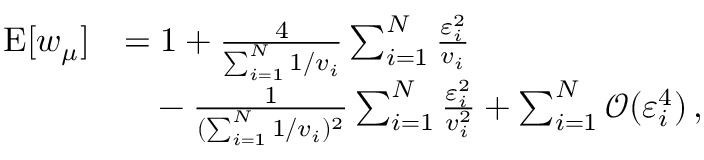
\begin{array} { r l } { \mathrm { E } [ w _ { \mu } ] } & { = 1 + \frac { 4 } { \sum _ { i = 1 } ^ { N } 1 / v _ { i } } \sum _ { i = 1 } ^ { N } \frac { \varepsilon _ { i } ^ { 2 } } { v _ { i } } } \\ & { \phantom { { = } } - \frac { 1 } { ( \sum _ { i = 1 } ^ { N } 1 / v _ { i } ) ^ { 2 } } \sum _ { i = 1 } ^ { N } \frac { \varepsilon _ { i } ^ { 2 } } { v _ { i } ^ { 2 } } + \sum _ { i = 1 } ^ { N } \mathcal { O } ( \varepsilon _ { i } ^ { 4 } ) \, , } \end{array}